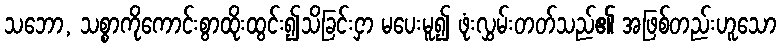
သဘော, သစ္စာကိုကောင်းစွာထိုးထွင်း၍သိခြင်းငှာ မပေးမူ၍ ဖုံးလွှမ်းတတ်သည်၏ အဖြစ်တည်းဟူသော